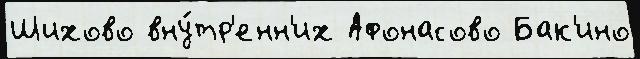
Шихово вну́тр'енн'их Афонасово Бак'ино